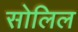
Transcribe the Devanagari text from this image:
सोलिल